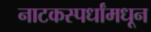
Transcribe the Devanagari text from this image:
नाटकस्पर्धांमधून